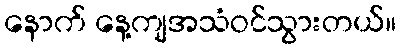
နောက် နေ့ကျအသံဝင်သွားတယ်။